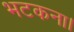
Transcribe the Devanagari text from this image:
भटकना।